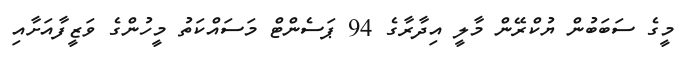
މީގެ ސަބަބުން ޔުކްރޭން މާލީ އިދާރާގެ 94 ޕަސެންޓް މަސައްކަތު މީހުންގެ ވަޒީފާއަށާއި